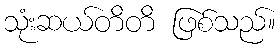
သုံးဆယ်တိတိ ဖြစ်သည်။